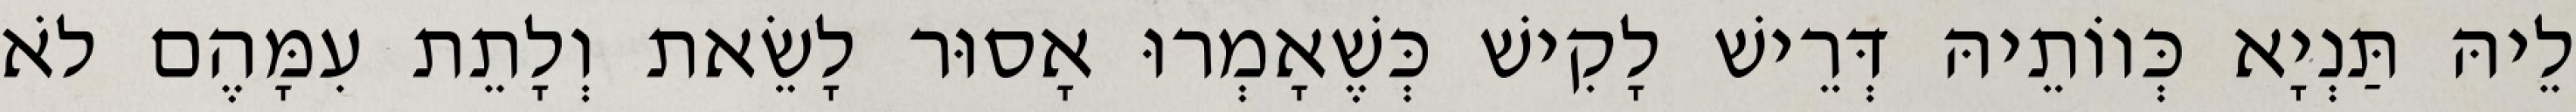
לֵיהּ תַּנְיָא כְּווֹתֵיהּ דְּרֵישׁ לָקִישׁ כְּשֶׁאָמְרוּ אָסוּר לָשֵׂאת וְלָתֵת עִמָּהֶם לֹא